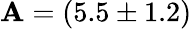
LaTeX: \mathbf{A}=(5.5\pm1.2)